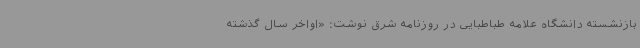
بازنشسته دانشگاه علامه طباطبایی در روزنامه شرق نوشت: «اواخر سال گذشته